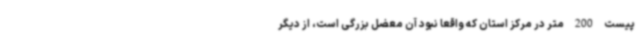
پیست 200 متر در مرکز استان که واقعا نبود آن معضل بزرگی است، از دیگر